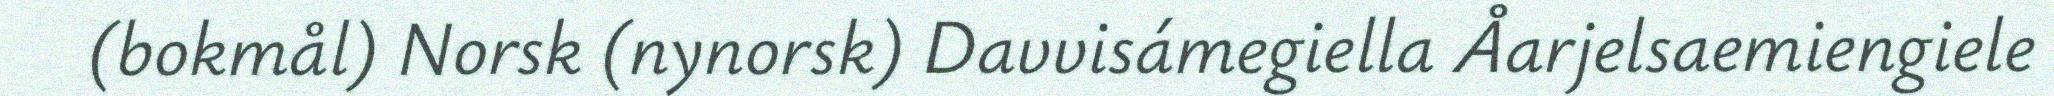
(bokmål) Norsk (nynorsk) Davvisámegiella Åarjelsaemiengiele